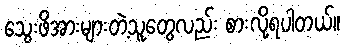
သွေးဖိအားများတဲ့သူတွေလည်း စားလို့ရပါတယ်။